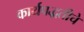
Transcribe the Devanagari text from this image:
कार्यपद्धतीचे